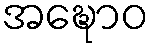
အဍ္ဎောဝ